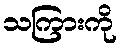
သကြားကို